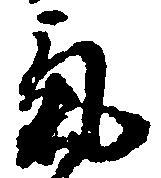
気